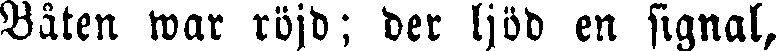
Båten war röjd; der ljöd en signal,